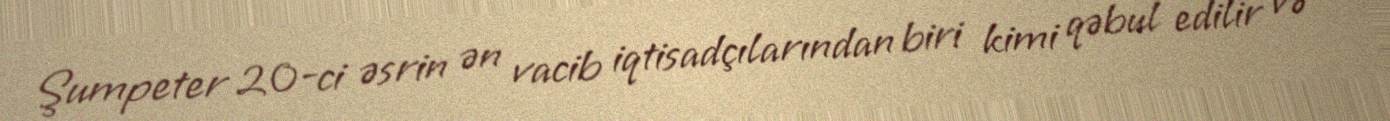
Şumpeter 20-ci əsrin ən vacib iqtisadçılarından biri kimi qəbul edilir və